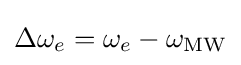
\Delta \omega _{e}=\omega _{e}-\omega _{\rm {MW}}